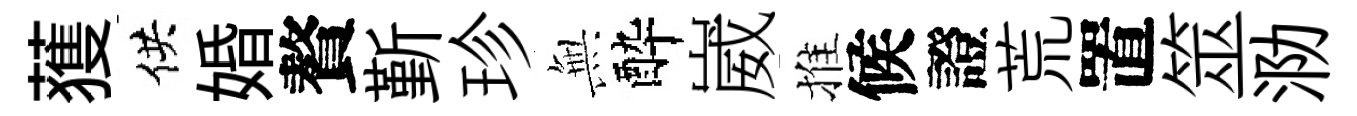
𫉬供婚贅斳珍𭴾酔崴推候證荒置筮泐